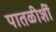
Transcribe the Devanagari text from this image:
पातळीशीं